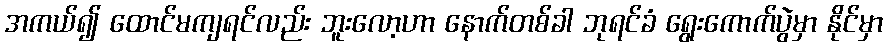
အကယ်၍ ထောင်မကျရင်လည်း ဘူးလော့ဟာ နောက်တစ်ခါ ဘုရင်ခံ ရွေးကောက်ပွဲမှာ နိုင်မှာ